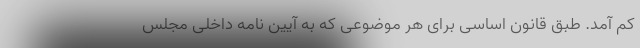
کم آمد. طبق قانون اساسی برای هر موضوعی که به آیین نامه داخلی مجلس